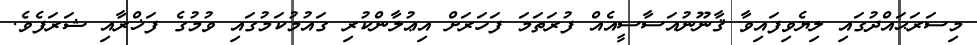
މިސަރަޙައްދުގައި ލިޔެވިފައިވާ ޤާނޫނުއަސާސީއެއް ފުރަތަމަ ފަހަރަށް އިޢުލާންކުރި ގައުމުކަމުގައި ވުމުގެ ފަޚްރާއި ޝަރަފެވެ.